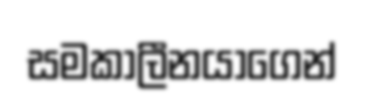
සමකාලීනයාගෙන්